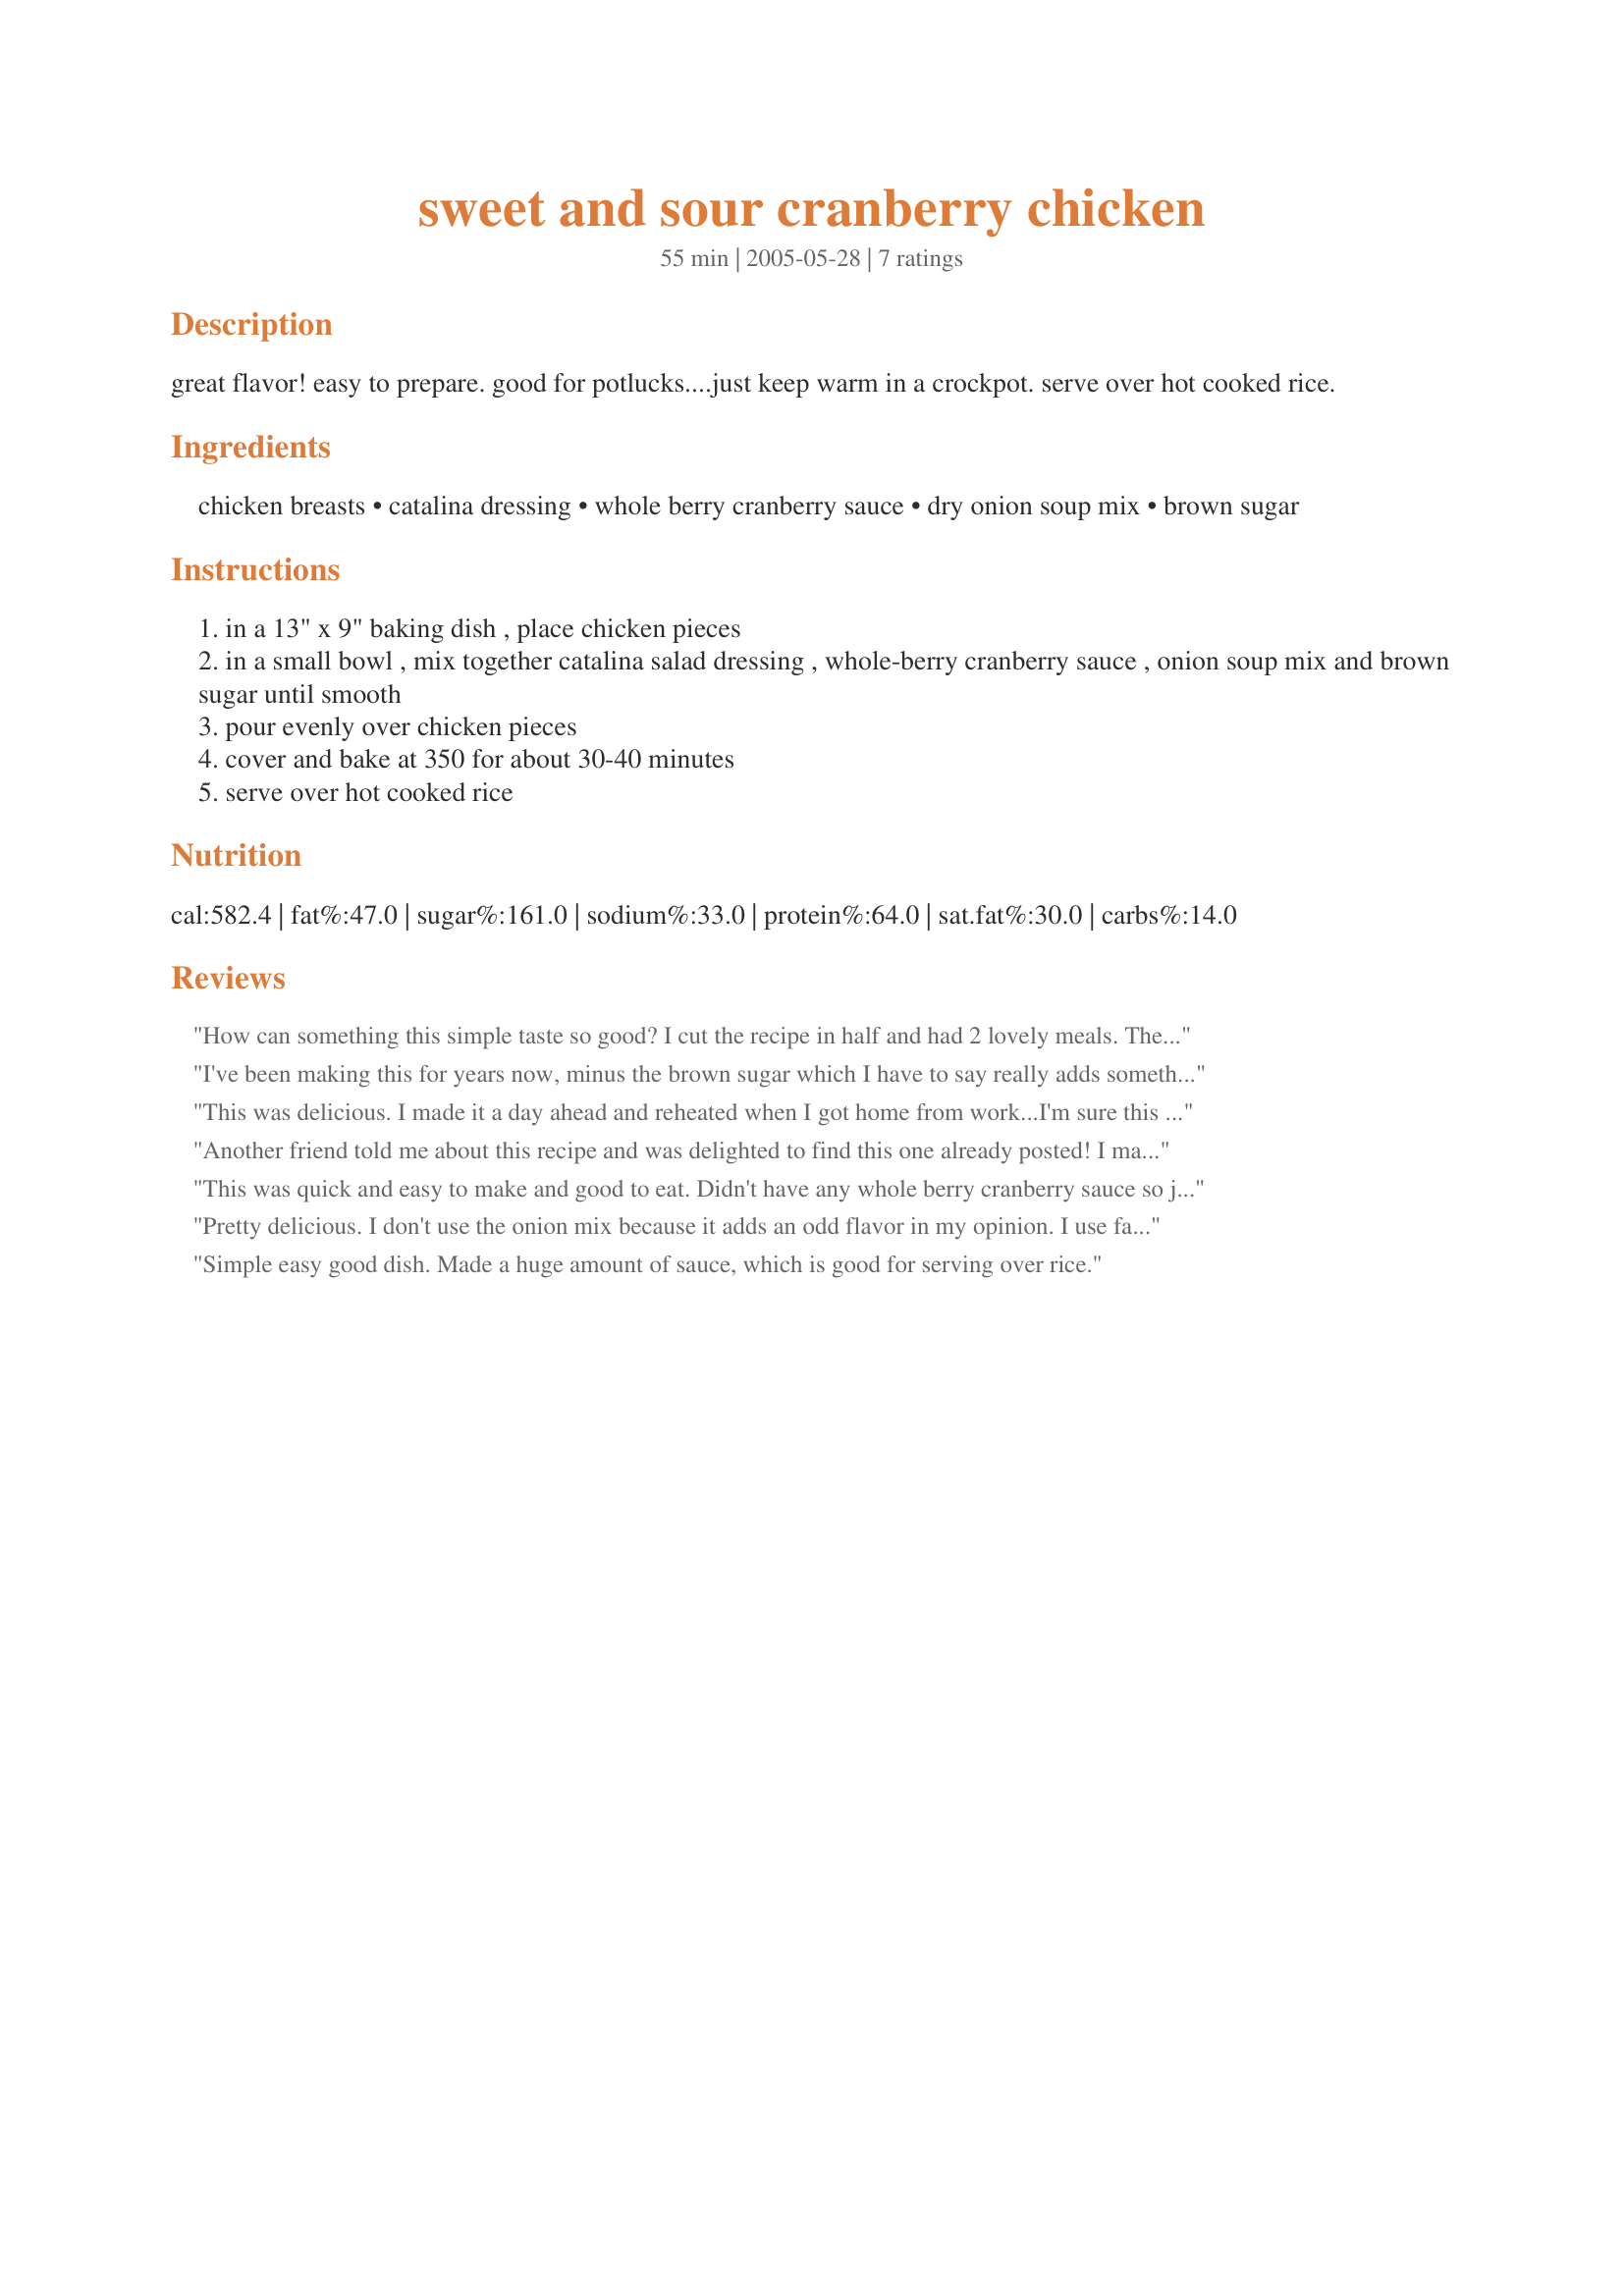
sweet and sour cranberry chicken
Preparation time: 55 minutes

great flavor! easy to prepare. good for potlucks....just keep warm in a crockpot. serve over hot cooked rice.

Ingredients:
chicken breasts, catalina dressing, whole berry cranberry sauce, dry onion soup mix, brown sugar

Steps:
in a 13" x 9" baking dish , place chicken pieces
in a small bowl , mix together catalina salad dressing , whole-berry cranberry sauce , onion soup mix and brown sugar until smooth
pour evenly over chicken pieces
cover and bake at 350 for about 30-40 minutes
serve over hot cooked rice

Reviews:
How can something this simple taste so good? I cut the recipe in half and had 2 lovely meals. The first I made a vegetable fried rice (no sauce)also broccoli & carrots on the side - wonderful. Next night I had it with plain rice and I actually preferred it with the plain - The flavor is excellent. I used skinless boneless thighs (on sale)- they needed a full 45 minutes baking. Thanks Parsly for an excellent recipe that is great for a family dinner or for a special company dinner
I've been making this for years now, minus the brown sugar which I have to say really adds something to it. My kids love it although dh wont eat sweet and sour anything. I always use the cranberry jelly but I do add carrots to it. Glad to find it here.
This was delicious. I made it a day ahead and reheated when I got home from work...I'm sure this enhanced the flavor even more. I did use a low fat Catalina dressing, which didn't seem to affect the outcome. This is a keeper.
Another friend told me about this recipe and was delighted to find this one already posted! I make this quite often and almost always omit the brown sugar as we don't feel it's needed. The Catalina dressing is quite sweet enough! I love to serve this over plain white or Jasmine rice with steamed broccoli and water chestnuts. Highly recommend this to anybody wanting a quick, easy, kid friendly dish on a weeknight. Guests have been pleasantly surprised by this dish more than once! Thanks for sharing!
This was quick and easy to make and good to eat.
Didn't have any whole berry cranberry sauce so just used the jelly cranberry sauce, don't know if that makes a difference or not. 
DH did say he wouldn't mind having it again some time.
Thank you for the recipe.
Pretty delicious. I don't use the onion mix because it adds an odd flavor in my opinion. I use fat free Catalina to counter act the brown sugar. I also add about half a cup of black berry jam. My toddler loves it! Thanks for the recipe reminder!
Simple easy good dish. Made a huge amount of sauce, which is good for serving over rice.
